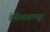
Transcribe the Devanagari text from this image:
वेदियचउवण्णजुदा